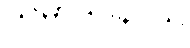
သမာဒပနာယ